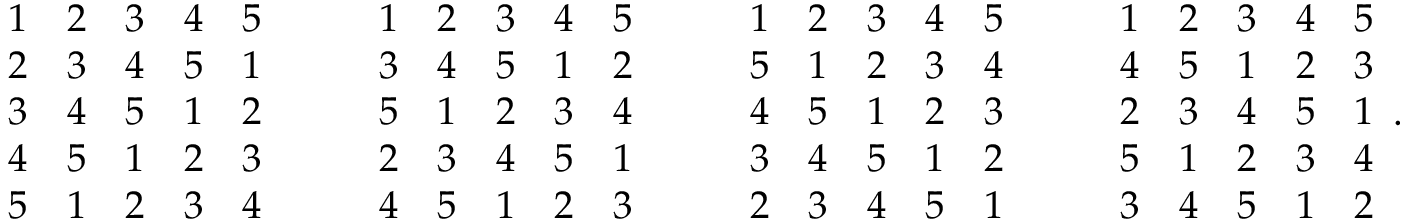
{ \begin{array} { l l l l l } { 1 } & { 2 } & { 3 } & { 4 } & { 5 } \\ { 2 } & { 3 } & { 4 } & { 5 } & { 1 } \\ { 3 } & { 4 } & { 5 } & { 1 } & { 2 } \\ { 4 } & { 5 } & { 1 } & { 2 } & { 3 } \\ { 5 } & { 1 } & { 2 } & { 3 } & { 4 } \end{array} } \qquad { \begin{array} { l l l l l } { 1 } & { 2 } & { 3 } & { 4 } & { 5 } \\ { 3 } & { 4 } & { 5 } & { 1 } & { 2 } \\ { 5 } & { 1 } & { 2 } & { 3 } & { 4 } \\ { 2 } & { 3 } & { 4 } & { 5 } & { 1 } \\ { 4 } & { 5 } & { 1 } & { 2 } & { 3 } \end{array} } \qquad { \begin{array} { l l l l l } { 1 } & { 2 } & { 3 } & { 4 } & { 5 } \\ { 5 } & { 1 } & { 2 } & { 3 } & { 4 } \\ { 4 } & { 5 } & { 1 } & { 2 } & { 3 } \\ { 3 } & { 4 } & { 5 } & { 1 } & { 2 } \\ { 2 } & { 3 } & { 4 } & { 5 } & { 1 } \end{array} } \qquad { \begin{array} { l l l l l } { 1 } & { 2 } & { 3 } & { 4 } & { 5 } \\ { 4 } & { 5 } & { 1 } & { 2 } & { 3 } \\ { 2 } & { 3 } & { 4 } & { 5 } & { 1 } \\ { 5 } & { 1 } & { 2 } & { 3 } & { 4 } \\ { 3 } & { 4 } & { 5 } & { 1 } & { 2 } \end{array} } .